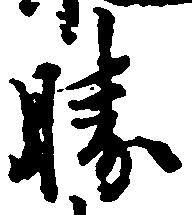
勝